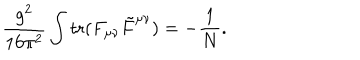
\frac { g ^ { 2 } } { 1 6 \pi ^ { 2 } } \int \mathrm { t r } ( F _ { \mu \nu } \tilde { F } ^ { \mu \nu } ) = - \frac { 1 } { N } .